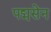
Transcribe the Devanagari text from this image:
पद्मसेन